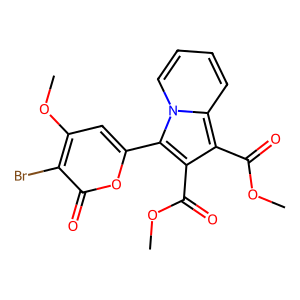
SMILES: COC(=O)c1c(C(=O)OC)c2ccccn2c1-c1cc(OC)c(Br)c(=O)o1
Inhibits HIV replication: No